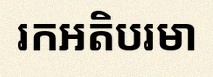
រកអតិបរមា